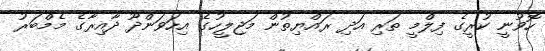
ހޮވުނީ ކުރީގެ ފިލްމީ ތަރި އަދި ރައްޔިތުން މަޖިލީހުގެ އިހަވަންދޫ ދާއިރާގެ މެމްބަރު